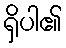
ရှိပါ၏